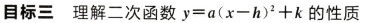
目标三 理解二次函数 $$y = a ( x - h ) ^ { 2 } + k$$ 的性质